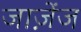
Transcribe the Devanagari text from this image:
जाज़ेंज